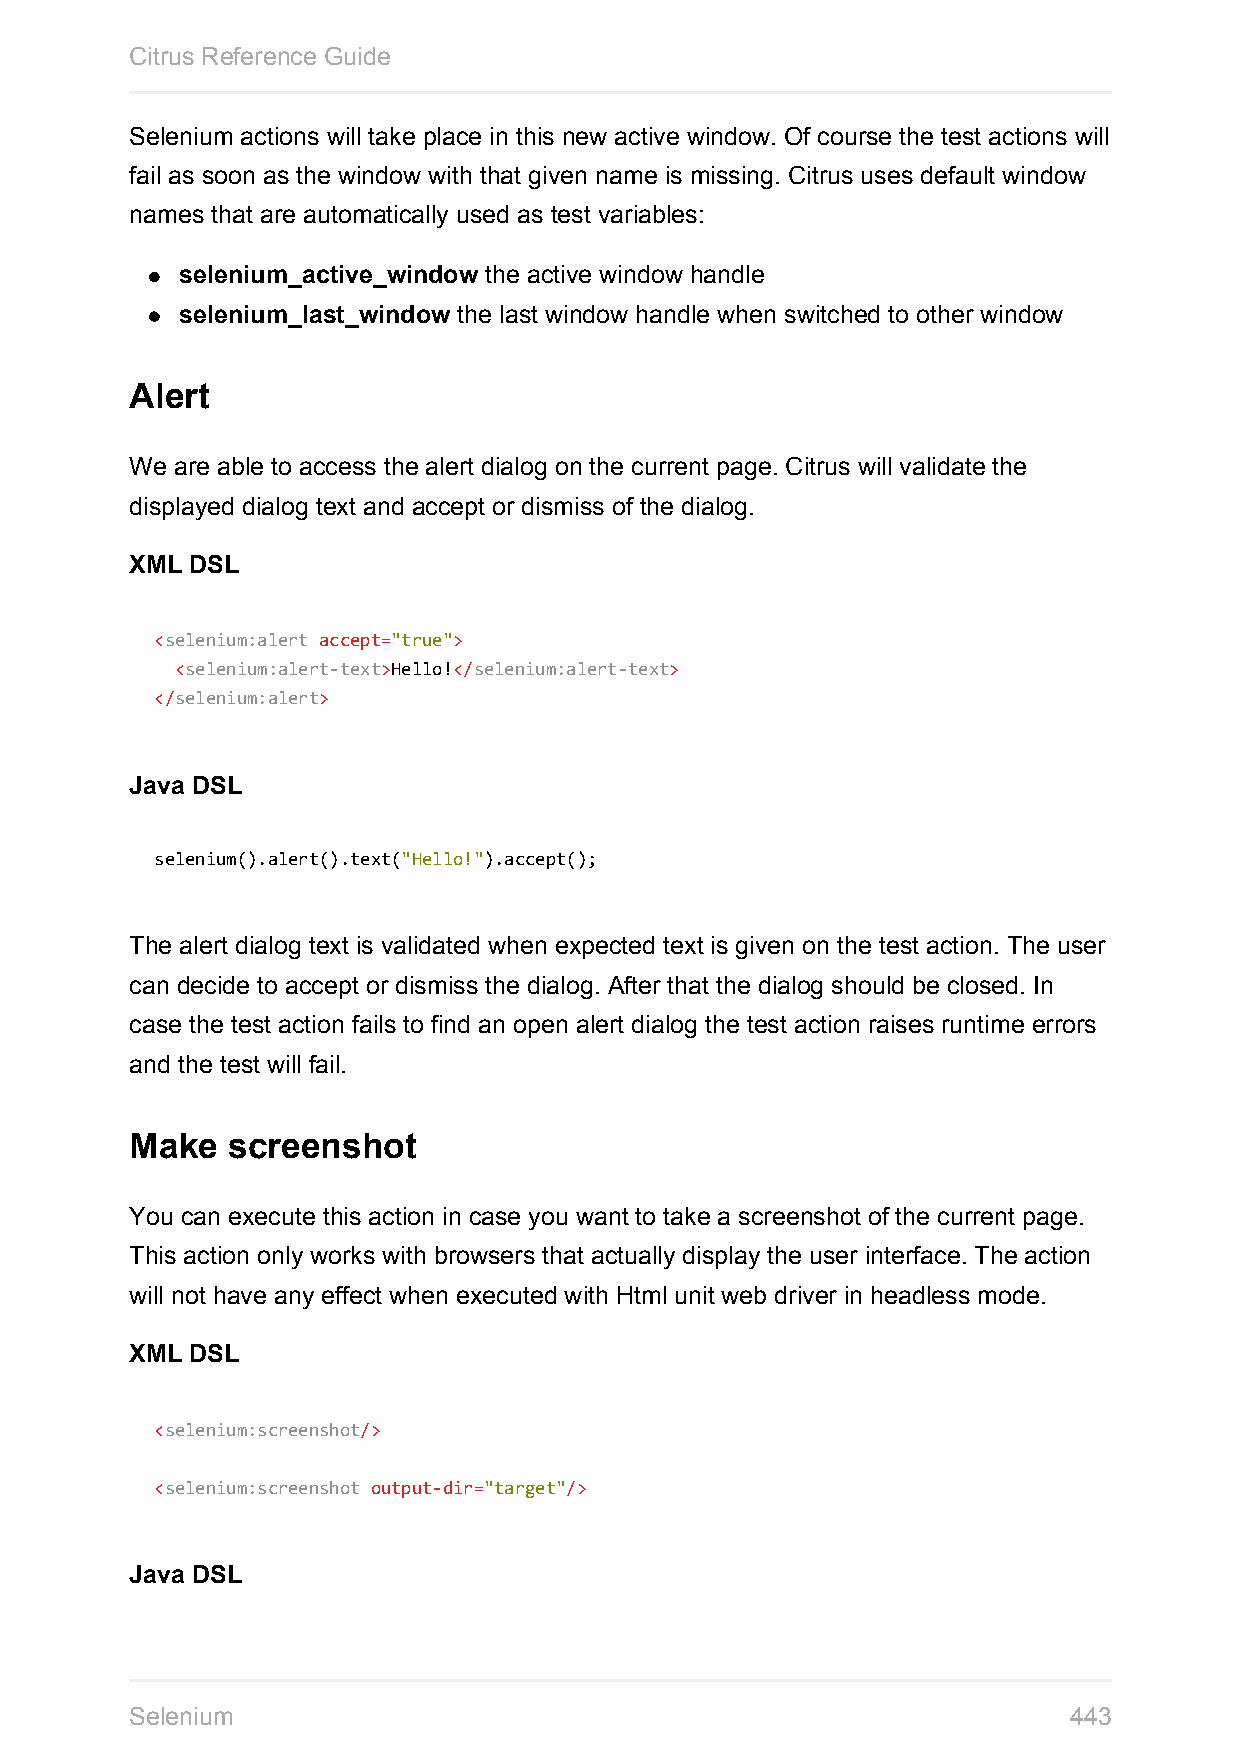
Citrus Reference Guide
 Selenium actions will take place in this new active window. Of course the test actions will
 fail as soon as the window with that given name is missing. Citrus uses default window
 names that are automatically used as test variables:
 selenium_active_window the active window handle
 selenium_last_window the last window handle when switched to other window
 Alert
 We are able to access the alert dialog on the current page. Citrus will validate the
 displayed dialog text and accept or dismiss of the dialog.
 XML DSL
 <selenium:alert accept="true">
 <selenium:alert-text>Hello!</selenium:alert-text>
 </selenium:alert>
 Java DSL
 selenium().alert().text("Hello!").accept();
 The alert dialog text is validated when expected text is given on the test action. The user
 can decide to accept or dismiss the dialog. After that the dialog should be closed. In
 case the test action fails to find an open alert dialog the test action raises runtime errors
 and the test will fail.
 Make  screenshot
 You can execute this action in case you want to take a screenshot of the current page.
 This action only works with browsers that actually display the user interface. The action
 will not have any effect when executed with Html unit web driver in headless mode.
 XML DSL
 <selenium:screenshot/>
 <selenium:screenshot output-dir="target"/>
 Java DSL
 Selenium                                                      443